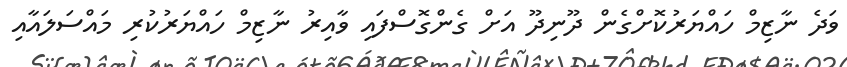
ވަދެ ނާޒިމް ހައްޔަރުކޮށްގެން ދޫނިދޫ އަށް ގެންގޮސްފައި ވާއިރު ނާޒިމް ހައްޔަރުކުރި މައްސަލައާއި